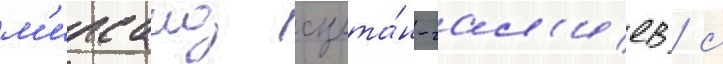
м'ирсаид султа́н-гал'иев / с